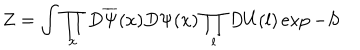
Z = \int \prod _ { x } D \overline { { { \Psi } } } ( x ) D \Psi ( x ) \prod _ { l } D U ( l ) \exp - S